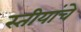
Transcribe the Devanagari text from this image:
स्तीयांचे